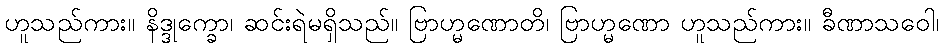
ဟူသည်ကား။ နိဒ္ဒုက္ခော၊ ဆင်းရဲမရှိသည်။ ဗြာဟ္မဏောတိ၊ ဗြာဟ္မဏော ဟူသည်ကား။ ခီဏာသဝေါ၊